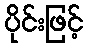
ပိုင်းဖြင့်